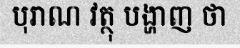
បុរាណ វត្ថុ បង្ហាញ ថា